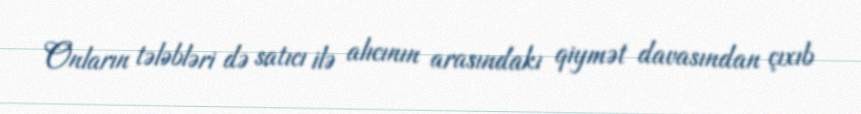
Onların tələbləri də satıcı ilə alıcının arasındakı qiymət davasından çıxıb